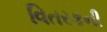
વિતરકની